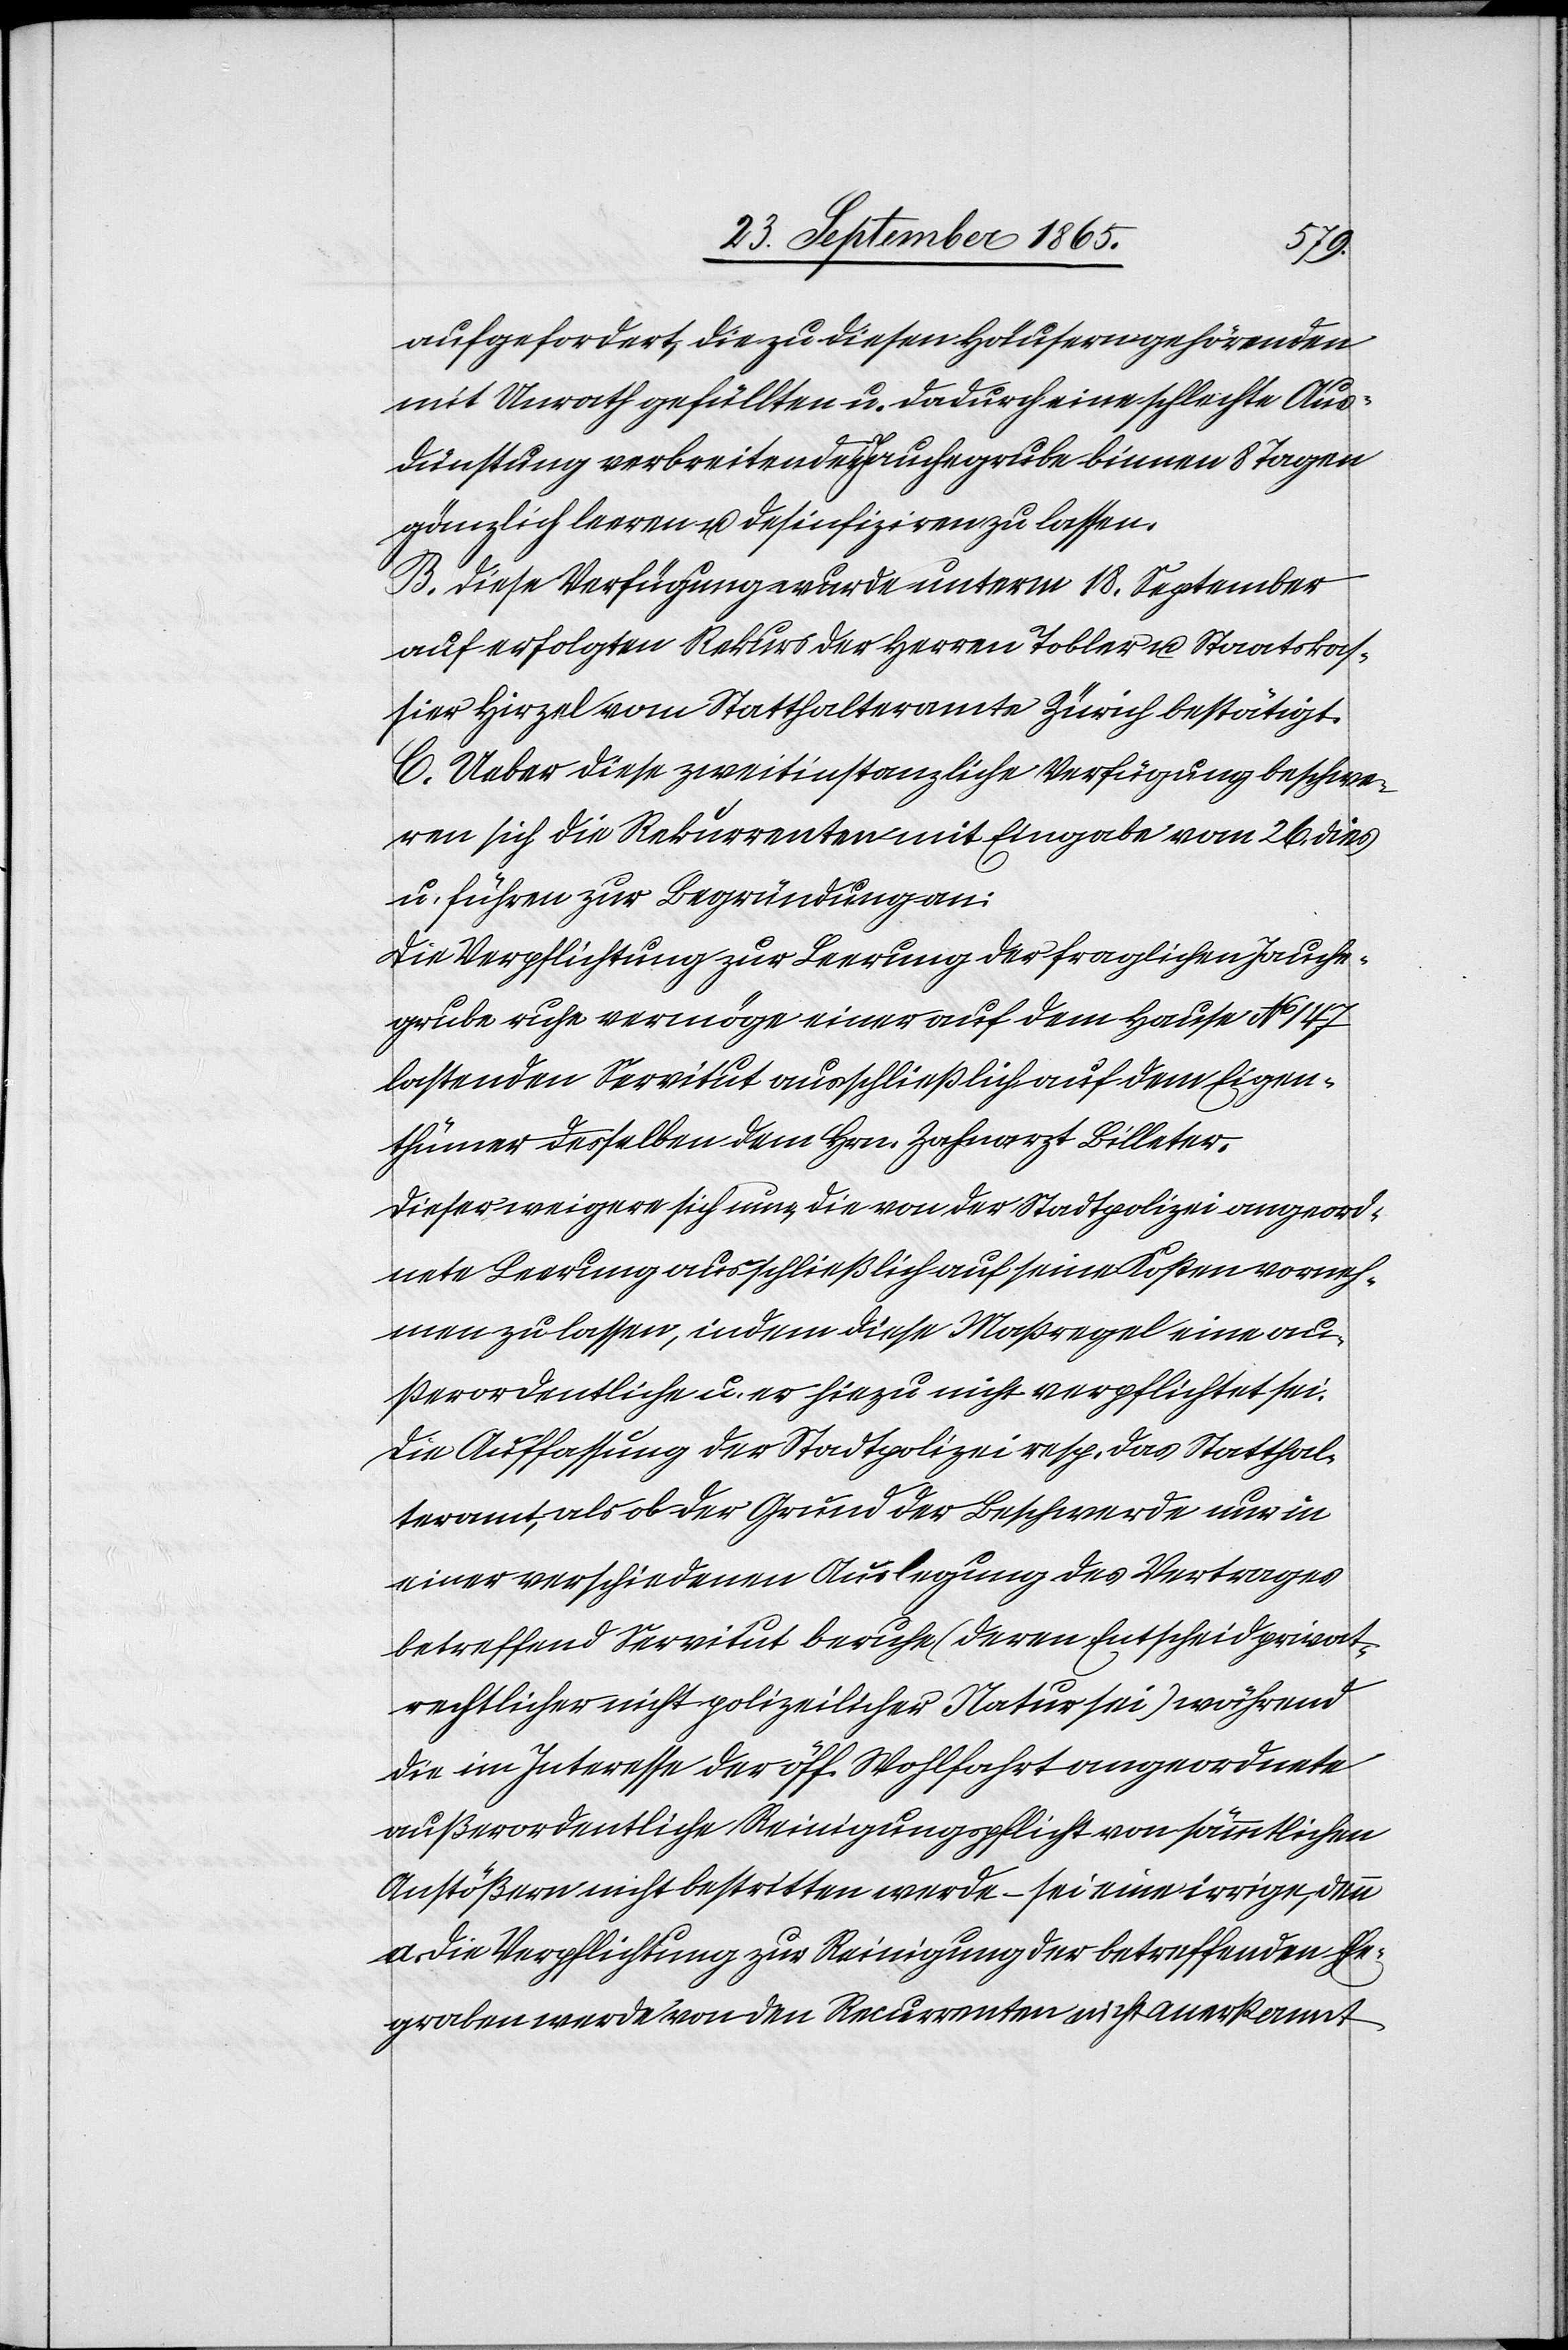
aufgefordert, die zu diesen Häusern gehörenden
mit Unrath gefüllten u. dadurch eine schlechte Aus¬
dünstung verbreitenden Jauchegrube binnen 8 Tagen
gänzlich leeren u. desinfiziren zu lassen.
B. Diese Verfügung wurde unterm 18. September
auf erfolgten Rekurs der Herren Tobler u. Staatskas¬
sier Hirzel vom Statthalteramte Zürich bestätigt.
C. Ueber diese zweitinstanzliche Verfügung beschwe¬
ren sich die Rekurrenten mit Eingabe vom 26. dies
u. führen zur Begründung an:
Die Verpflichtung zur Leerung der fraglichen Jauche¬
grube ruhe vermöge einer auf dem Hause No 147
lastenden Servitut ausschließlich auf dem Eigen¬
thümer desselben dem Hrn. Zahnarzt Billeter.
Dieser weigere sich nun, die von der Stadtpolizei angeord¬
nete Leerung ausschließlich auf seine Kosten vorneh¬
men zu lassen, indem diese Maßregel eine au¬
ßerordentliche u. er hiezu nicht verpflichtet sei.
Die Auffassung der Stadtpolizei resp. das Statthal¬
teramt, als ob der Grund der Beschwerde nur in
einer verschiedenen Auslegung des Vertrages
betreffend Servitut beruhe (deren Entscheid privat¬
rechtlicher nicht polizeilicher Natur sei) während
die im Interesse der öff. Wohlfahrt angeordnete
außerordentliche Reinigungspflicht von sämmtlichen
Anstößern nicht bestritten werde – sei eine irrige, denn
a. die Verpflichtung zur Reinigung der betreffenden Ehe¬
graben werde von den Recurrenten nicht anerkannt